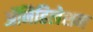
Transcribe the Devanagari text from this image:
ॲनिहिलेशन